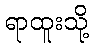
ရာထူးသို့